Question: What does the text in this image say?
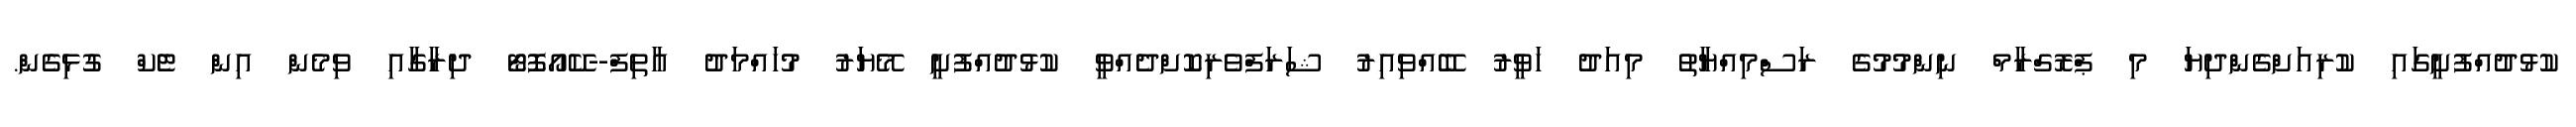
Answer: ކުޅުދުއްފުށީގައި ކުރިއަށްގެންދިޔަ މި ޕްރޮގްރާމް ނިންމުމުގެ ރަސްމިއްޔާތު މިއަދު ހަވީރު ބޭއްވިއިރު ޝަރަފްވެރިކޮށްދެއްވީ ކުޅުދުއްފުށީ މޭޔަރު މުހައްމަދު އާތިފް--ކޭއޯފޮޓޯ ދިރާގާއި ވިމެން އިން ޓެކް ގުޅިގެން.